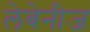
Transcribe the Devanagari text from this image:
लेबेनीज